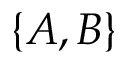
\{ A , B \}